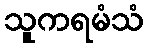
သူကရမံသံ